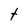
Character: t